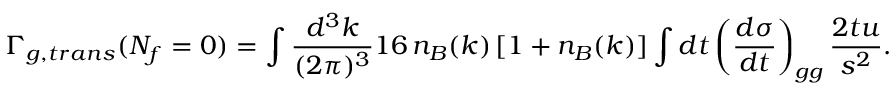
\Gamma _ { g , t r a n s } ( N _ { f } = 0 ) = \int { \frac { d ^ { 3 } k } { ( 2 \pi ) ^ { 3 } } } 1 6 \, n _ { B } ( k ) \, [ 1 + n _ { B } ( k ) ] \int d t \left( { \frac { d \sigma } { d t } } \right) _ { g g } { \frac { 2 t u } { s ^ { 2 } } } .